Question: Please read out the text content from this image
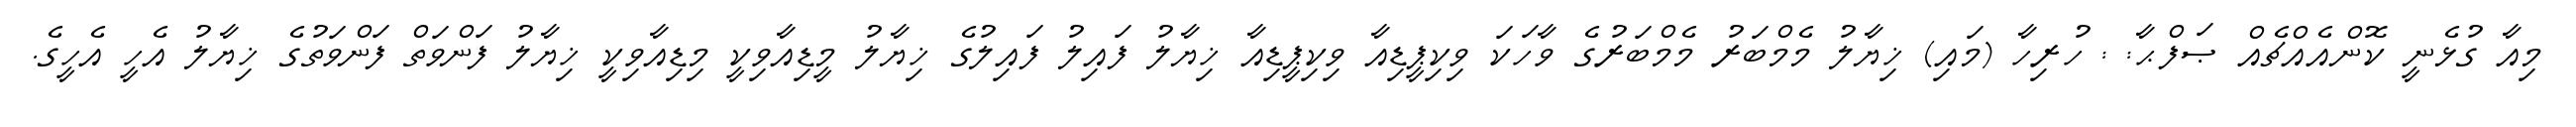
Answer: މިއާ ގުޅެނީ ކޮންއެއްޗެއް ޞަފްޙާ: : ހުރިހާ (މައި) ޚިޔާލު މެމްބަރު މެމްބަރުގެ ވާހަކަ ވިކިޕީޑިއާ ވިކިޕީޑިއާ ޚިޔާލު ފައިލު ފައިލުގެ ޚިޔާލު މީޑިއާވިކީ މިޑިއާވިކީ ޚިޔާލު ފަންވަތް ފަންވަތުގެ ޚިޔާލު އެހީ އެހީގެ.